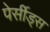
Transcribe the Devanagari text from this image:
पेर्सीड्स